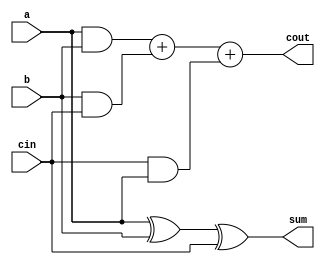
module full_adder(sum, cout, a, b, cin);
  
  input a, b, cin;
  output sum, cout;
  
  wire c1, c2, c3;
  
  assign #4 sum = (a^b^cin);
  
  assign #1 c1 = a & b;
  assign #1 c2 = b & cin;
  assign #1 c3 = cin & a;
  assign #2 cout = c1 + c2 + c3;
  
endmodule

module add16_rc(sum16, cout, a16, b16, cin);
  
  input [15:0] a16, b16;
  input cin;
  output [15:0] sum16;
  output cout;
  
  wire [15:1] c;
  
  full_adder U1(sum16[0], c[1], a16[0], b16[0], cin);
  full_adder U2[14:1](sum16[14:1], c[15:2], a16[14:1], b16[14:1], c[14:1]);
  full_adder U3(sum16[15], cout, a16[15], b16[15], c[15]);
  
endmodule

module full_adder_pg(sum, cout, p, g, a, b, cin);
  
  input a, b, cin;
  output sum, cout, p, g;
  
  xor #3 U1(p,a,b);
  and #1 U2(g,a,b);
  
endmodule

module carry_generator(couts, p, g, cin);
  
  input [3:0] p, g;
  input cin;
  output [3:0] couts;
  
  wire io1;
  and #1 U1(io1, p[0], cin);
  or #1 U2(couts[0], g[0], io1);
  
  wire io2;
  wire io3;
  and #1 U3(io2, p[1], g[0]);
  and #2 U4(io3, p[1], p[0], cin);
  or #2 U5(couts[1], io2, io3, g[1]);
  
  wire io4;
  wire io5;
  wire io6;
  and #1 U6(io4, p[2], g[1]);
  and #2 U7(io5, p[2], p[1], g[0]);
  and #2 U8(io6, p[2], p[1], p[0], cin);
  or #2 U9(couts[2], io4, io5, io6, g[2]);
  
  wire io7;
  wire io8;
  wire io9;
  wire io10;
  and #1 U10(io7, p[3], g[2]);
  and #2 U11(io8, p[3], p[2], g[1]);
  and #2 U12(io9, p[3], p[2], p[1], g[0]);
  and #3 U13(io10, p[3], p[2], p[1], p[0], cin);
  or #3 U14(couts[3], io7, io8, io9, io10, g[3]);
  
endmodule
   

module add4_cla(sum4, cout, a4, b4, cin);
  
  input [3:0] a4, b4;
  input cin;
  output [3:0] sum4;
  output cout;
  
  wire [3:0] c, p, g;
  
  full_adder_pg U1(sum4[0], c[0], p[0], g[0], a4[0], b4[0], cin);
  full_adder_pg U2(sum4[1], c[1], p[1], g[1], a4[1], b4[1], c[0]);
  full_adder_pg U3(sum4[2], c[2], p[2], g[2], a4[2], b4[2], c[1]);
  full_adder_pg U4(sum4[3], c[3], p[3], g[3], a4[3], b4[3], c[2]);
  
  carry_generator U5(c,p,g,cin);
  
  xor #3 U6(sum4[0], p[0] , cin);
  xor #3 U7(sum4[1], p[1] , c[0]);
  xor #3 U8(sum4[2], p[2] , c[1]);
  xor #3 U9(sum4[3], p[3] , c[2]);
  
  assign cout = c[3];
  
endmodule
  
module add16_cla(sum16, cout, a16, b16, cin);
  
  input [15:0] a16, b16;
  input cin;
  output [15:0] sum16;
  output cout;
  
  wire [3:1] c;
  
  add4_cla U1(sum16[3:0], c[1], a16[3:0], b16[3:0], cin);
  add4_cla U2(sum16[7:4], c[2], a16[7:4], b16[7:4], c[1]);
  add4_cla U3(sum16[11:8], c[3], a16[11:8], b16[11:8], c[2]);
  add4_cla U4(sum16[15:12], cout, a16[15:12], b16[15:12], c[3]);
  
endmodule